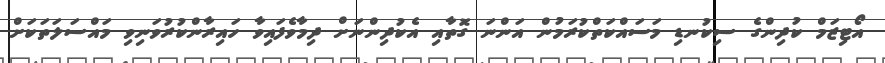
އޯޓިޒަމް ކުދިންގެ ސިކުނޑި މަސައްކަތްކުރަމުން އަންނަ ގޮތާއި އެކުދިންނަށް ދިމާވެފައިވާ ހައިރާންކުރުވަނިވި މައްސަލަތަކަށް